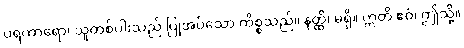
ပရကာရော၊ သူတစ်ပါးသည် ပြုအပ်သော ကိစ္စသည်။ နတ္ထိ၊ မရှိ။ ဣတိ ဧဝံ၊ ဤသို့။